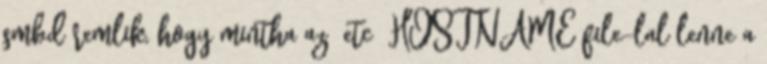
smbd remlik, hogy mintha az etc HOSTNAME file-lal lenne a